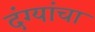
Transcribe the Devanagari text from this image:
दंग्यांचा